Vital statistics of India. Vol. V, Reports of 1876 on armies & jails and on epidemic cholera
Year: 1876
Disease focus: Cholera
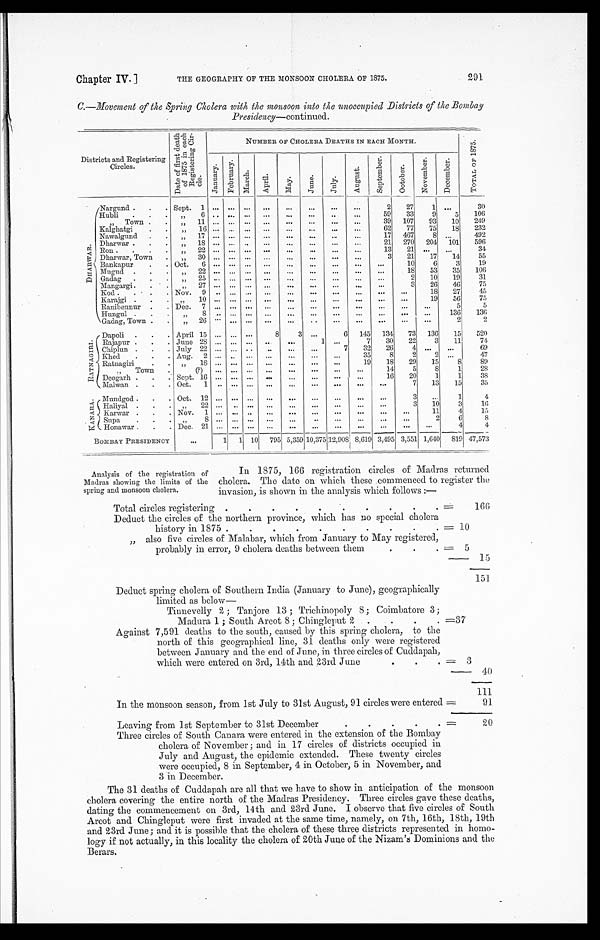
Chapter IV.]
THE GEOGRAPHY OF THE MONSOON CHOLERA OF 1875.
291
C.—Movement of the Spring Cholera with the monsoon
into the unoccupied Districts of the Bombay
Presidency— continued .
Districts and Registering
Circles.
Dat e of f i r s t deat h
of 1875 i n each
Regi s t er i ng Ci r -
cle.
NUMBER OF CHOLERA DEATHS IN EACH MONTH.
T O T A L O F 1 8 7 5 .
J a n u a r y .
F e b r u a r y .
M a r c h .
A p r i l .
M a y .
J u n e .
J u l y .
A u g u s t .
S e p t e m b e r .
O c t o b e r .
N o v e m b e r .
D e c e m b e r .
D H A R W A R .
Nargund .
. .
Sept. 1 ... ... ...
...
...
...
...
...
2
27
1
...
30
Hubli . • .
, , 6
... ... ... ...
... ... ...
...
59
33
9
5
106
,,
Town .
. ,,
11 ...
. . .
...
...
. . .
. . .
. . .
...
39
107
93
10
249
Kalghatgi
. .
, , 1 6
... ... ... ...
... ... ...
...
62
77
75
18
232
Nawalgund
. .
,,
17 ... ... ...
...
...
...
...
...
17
467
8
...
492
Dharwar .
. .
, , 1 8
... ... ... ...
... ... ...
...
21
270
204
101
596
Ron .
.
,, 22 ... ... ... ...
... ... ...
...
13
21
... ...
34
Dharwar, Town
. , , 3 0
... ... ... ...
... ... ...
...
3
21
17
14
55
Bankapur
.
. Oct.
6 ... ... ...
...
...
...
...
...
...
1.0
6
3
19
Mugud .
.
.
,,
22 ... ... ...
...
...
...
...
...
...
18
53
35
106
Gadag
.
.
.
„
25 ...
... ...
...
...
. . .
. . .
.. ... ...
2
10
19
31
Mangargi.
.
.
„
27 ... ... ...
...
...
...
...
...
...
3
26
46
75
kod . . .
Nov. 9 ... ... ... ...
... ... ...
... ...
...
18
27
45
Karajgi . . .,, 10 ... ... ... ...
... ... ...
... ...
...
19
56
75
Ranibennur .
. Dec. 7 ... ... ...
...
... ... ...
... ...
...
...
5
5
Hungul .
.
.
„
8 ... ... ...
...
...
. . .
...
.
..
...
...
...
136
136
Gadag, Town . .
„
26
...
... ...
...
. . .
. . .
...
...
...
...
...
2
2
R A T N A G I R I .
Dapoli .
.
. April 15 ... ... ...
8
3
6
145
134
73
136
15
520
Rajapur .
.
. June 28 ... ... ...
...
...
1 ...
7
30
22
3
11
74
Chiplun .
.
. July 22 ... „. ...
. . .
...
...
7
32
26 4
... ...
69
Khed
.
.
. Aug.
2 ... ..
. . .
...
. . .
. . .
. . .
35
8
2 2
...
47
Ratnagiri
.
.
„
18 ... ... ...
...
...
...
...
19
18
29
15
8
89
,,
Town
,(?)
... ... ... ...
... ... ...
...
14
5
8
1
28
Deogarh .
.
. Sept. 16 ... ... ...
...
. . .
. . .
. . .
...
16
20
1
1
38
Malwan .
.
. Oct.
1
...
... ...
...
...
...
...
...
...
7
13
15
35
K A N A R A .
Mundgod .
. .
Oct. 12 ... ... ...
...
...
...
...
...
...
3 ...
1
4
Haliyal .
.
. „
22 ...
.. ...
...
. . .
...
...
...
...
3
10
3
15
Karwar .
. .
Nov.
1 ...
... . . .
...
...
...
...
...
...
...
11
4
15
Snpa
,,
8 ... ... ... ...
...
. . . ...
...
...
...
2
6
8
Honawar . . .
Dec. 21 ... ... ...
...
...
...
...
...
...
...
...
4
4
BOMBAY PRESIDENCY
...
1
1 10
795 5,359 10,375 12,908 8,619 3,495 3,551 1,640
819 47,573
Analysis of the registration of
In 1875, 166 registration circles of Madras returned
Madras showing the limits of the cholera. The date on which these commenced to register the
spring and monsoon cholera.
invasion, is shown in the analysis which follows :—
.
Total circles registering.
.
.
.
.
.
.
.
=
166
Deduct the circles of the northern province, which has no special cholera
history in 1875..
.
.
.
.
.
.
.
.
= 10
15
„ also five circles of Malabar, which from January to May registered,
probably in error, 9 cholera deaths between them.
.
.
= 5
151
Deduct spring cholera of Southern India (January to June), geographically
limited as below—
40
Tiunevelly 2 ; Tanjore 13 ; Trichinopoly 8; Coimbatore 3;
Madura 1 ; South Arcot 8 ; Chingleput 2. .
.
.
.
=37
Against 7,591 deaths to the south, caused by this spring cholera, to the
north of this geographical line, 31 deaths only were registered
between January and the end of June, in three circles of Cuddapah,
which were entered on 3rd, 14th and 23rd June. = 3
111
In the monsoon season, from 1st July to 31st August, 91 circles were entered =
91
.
.
.
.
Leaving from 1st September to 31st December. =
20
Three circles of South Canara were entered in the extension of the Bombay
cholera of November ; and in 17 circles of districts occupied in
July and August, the epidemic extended. These twenty circles
were occupied, 8 in September, 4 in October, 5 in November, and
3 in December.
The 31 deaths of Cuddapah are all that we have to show in anticipation of the monsoon
cholera covering the entire north of the Madras Presidency. Three circles gave these deaths,
dating the commencement on 3rd, 14th and 23rd June. I observe that five circles of South
Arcot and Chingleput were first invaded at the same time, namely, on 7th, 16th, 18th, 19th
and 23rd June; and it is possible that the cholera of these three districts represented in homo-
logy if not actually, in this locality the cholera of 20th June of the Nizam's Dominions and the
Berars.